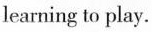
learning to play.